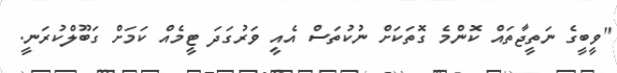
"ވީބީގެ ނަތީޖާތައް ކޮންމެ ގޮތަކަށް ނުކުތަސް އެއީ ވަރުގަދަ ޓީމެއް ކަމަށް ގަބޫލްކުރަނީ.